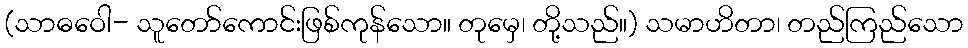
(သာဓဝေါ- သူတော်ကောင်းဖြစ်ကုန်သော။ တုမှေ၊ တို့သည်။) သမာဟိတာ၊ တည်ကြည်သော